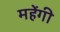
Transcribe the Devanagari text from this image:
महेंगी